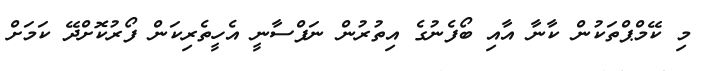
މި ކޭމްޕްތަކުން ކާނާ އާއި ބޯފެނުގެ އިތުރުން ނަފްސާނީ އެހީތެރިކަން ފޯރުކޮށްދޭ ކަމަށް